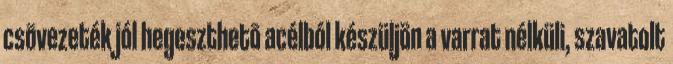
csõvezeték jól hegeszthetõ acélból készüljön a varrat nélküli, szavatolt